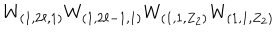
W _ { ( 1 , 2 \ell , 1 ) } W _ { ( 1 , 2 \ell - 1 , 1 ) } W _ { ( 1 , 1 , Z _ { 2 } ) } W _ { ( 1 , 1 , Z _ { 2 } ) }